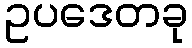
ဥပဒေတခု